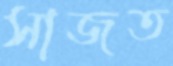
সাজত